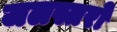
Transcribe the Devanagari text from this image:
जलस्तरों